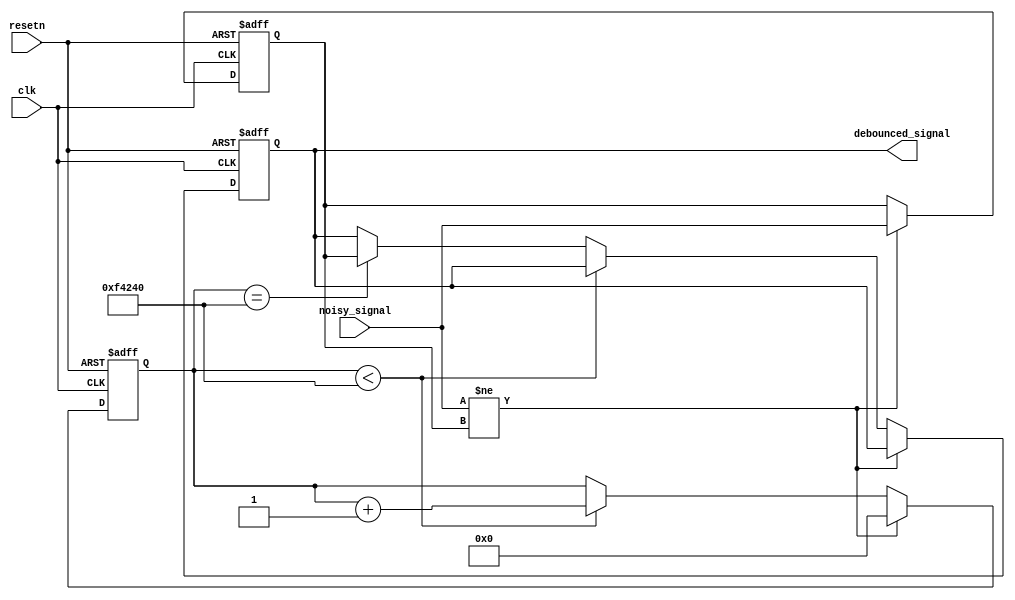
module debouncer(
    input clk,
    input resetn,
    input noisy_signal,
    output reg debounced_signal
);

    parameter DEBOUNCE_INTERVAL = 1000000; 
    reg [19:0] counter;  
    reg last_stable_signal;  // To store the last stable state of the signal

    always @(posedge clk or negedge resetn) begin
        if (!resetn) begin
            counter <= 0;
            debounced_signal <= 0;
            last_stable_signal <= 0;
        end else begin
            if (noisy_signal != last_stable_signal) begin
                // Signal changed, update last stable signal and reset counter
                last_stable_signal <= noisy_signal;
                counter <= 0;
            end else if (counter < DEBOUNCE_INTERVAL) begin
                counter <= counter + 1;
            end else if (counter == DEBOUNCE_INTERVAL) begin
                debounced_signal <= last_stable_signal;
            end
        end
    end
endmodule